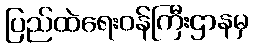
ပြည်ထဲရေးဝန်ကြီးဌာနမှ